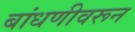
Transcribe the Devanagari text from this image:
बांधणीवरून